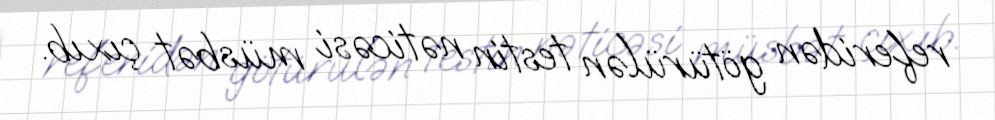
referidən götürülən testin nəticəsi müsbət çıxıb.